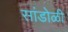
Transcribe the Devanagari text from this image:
सांडोळी